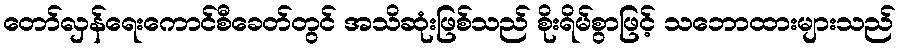
တော်လှန်ရေးကောင်စီခေတ်တွင် အသိဆုံးဖြစ်သည် စိုးရိမ်စွာဖြင့် သဘောထားများသည်